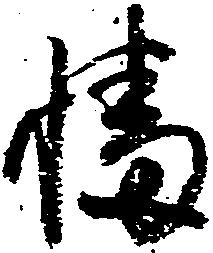
幡